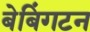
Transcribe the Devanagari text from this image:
बेबिंगटन